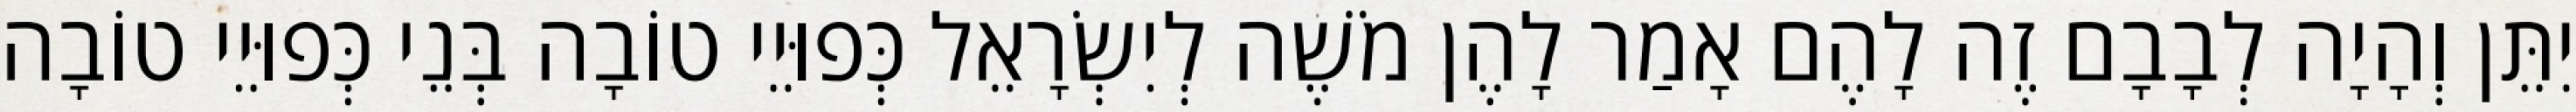
יִתֵּן וְהָיָה לְבָבָם זֶה לָהֶם אָמַר לָהֶן מֹשֶׁה לְיִשְׂרָאֵל כְּפוּיֵי טוֹבָה בְּנֵי כְּפוּיֵי טוֹבָה